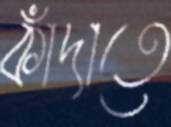
কাঁদাতে